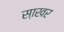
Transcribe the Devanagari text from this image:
सा़खर